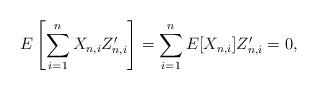
LaTeX: \begin{align*} E\left[\sum_{i=1}^n X_{n,i}Z_{n,i}^{\prime }\right]=\sum_{i=1}^nE[X_{n,i}]Z_{n,i}^{\prime }=0,\end{align*}